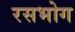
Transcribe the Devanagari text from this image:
रसभोग